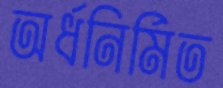
অর্ধনির্মিত